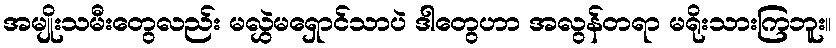
အမျိုးသမီးတွေလည်း မလွှဲမရှောင်သာပဲ ဒါတွေဟာ အလွန်တရာ မရိုးသားကြဘူး။